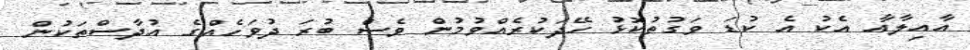
އާއިލާއާ އެކު އެ ކުޑަ ވަގުތުކޮޅު ހޭދަކުރެއްވުމުން ވެސް ބުރަ ދުވަހެއްގެ އުދާސްތަކުން